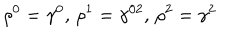
\rho ^ { 0 } = \gamma ^ { 0 } , \, \rho ^ { 1 } = \gamma ^ { 0 2 } , \, \rho ^ { 2 } = \gamma ^ { 2 }